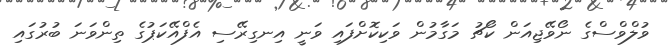
ވުލްވްސްގެ ނޯވޭޖިއަން ކޯޗު މަގާމުން ވަކިކޮށްފައި ވަނީ އިނގިރޭސި އެފްއޭކަޕުގެ ތިންވަނަ ބުރުގައި